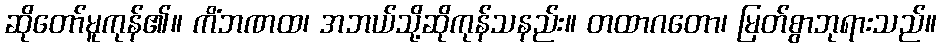
ဆိုတော်မူကုန်၏။ ကိံဘဏထ၊ အဘယ်သို့ဆိုကုန်သနည်း။ တထာဂတော၊ မြတ်စွာဘုရားသည်။